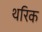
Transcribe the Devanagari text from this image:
थरिक